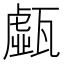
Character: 𤮆